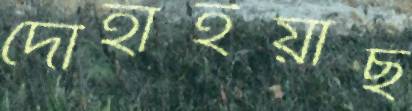
দোহাইয়াছ